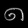
Digit: ၈